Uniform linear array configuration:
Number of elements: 24
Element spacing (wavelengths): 1
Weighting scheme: blackman
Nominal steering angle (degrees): -45
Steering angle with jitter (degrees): -45.653
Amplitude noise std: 0.05
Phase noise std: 0.05

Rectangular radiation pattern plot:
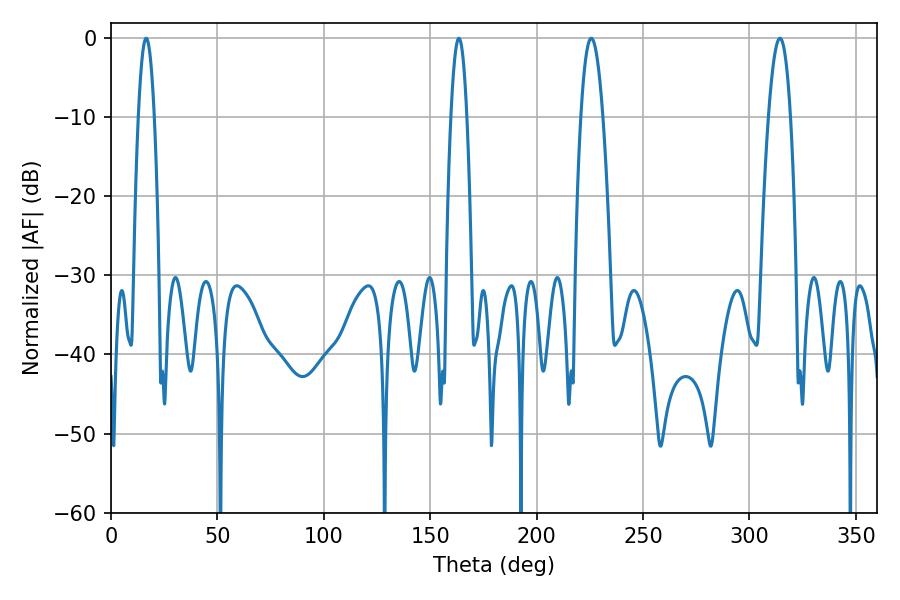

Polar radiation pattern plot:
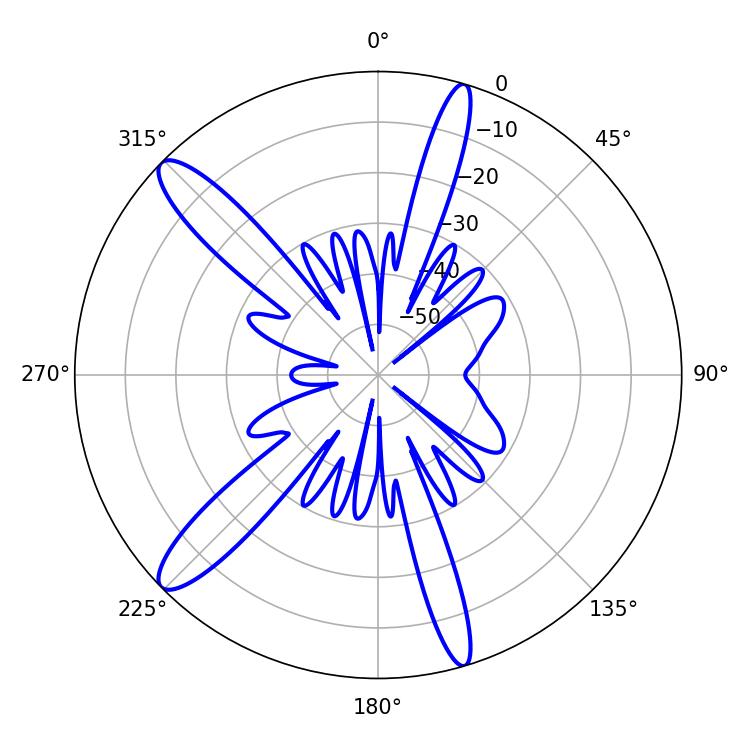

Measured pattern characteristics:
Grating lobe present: TRUE
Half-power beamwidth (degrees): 3.96
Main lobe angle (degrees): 16.56